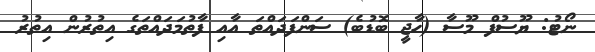
ނޯޓު: ޔޫސުފް މޫސާ (ހާޖީ ބޮޑުބެ) ސަންފަދައްތަ އާއި ފާތުމަދައްތަގެ އިތުރުން އިތުރު